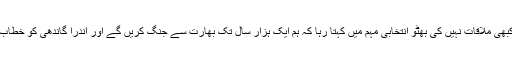
پھر بھٹو اور اندرا گاندھی نے کبھی ملاقات نہیں کی بھٹو انتخابی مہم میں کہتا رہا کہ ہم ایک ہزار سال تک بھارت سے جنگ کریں گے اور اندرا گاندھی کو خطاب کرتے ہوئے بڑھکیں لگاتا رہا۔